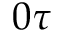
0 \tau